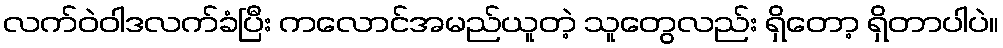
လက်ဝဲဝါဒလက်ခံပြီး ကလောင်အမည်ယူတဲ့ သူတွေလည်း ရှိတော့ ရှိတာပါပဲ။